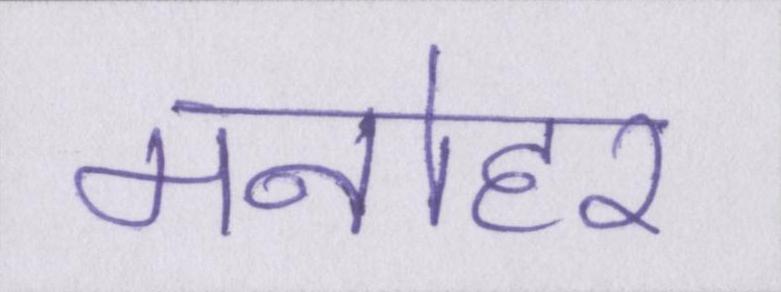
मनोहर